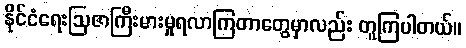
နိုင်ငံရေးဩဇာကြီးမားမှုရလာကြတာတွေမှာလည်း တူကြပါတယ်။